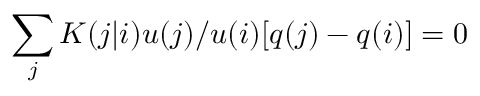
\sum _ { j } K ( j | i ) u ( j ) / u ( i ) [ q ( j ) - q ( i ) ] = 0